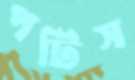
পটিস